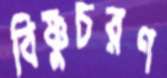
বিষ্ণুচরণ